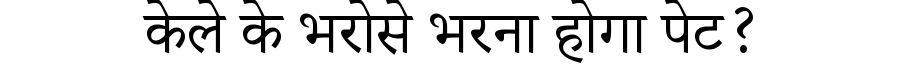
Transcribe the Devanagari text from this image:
केले के भरोसे भरना होगा पेट?